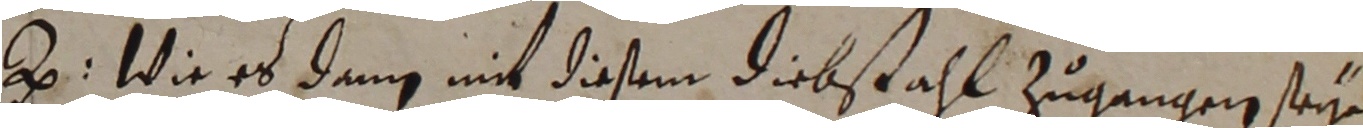
z. Wie es dann mit diesem diebstahl zugangen seyn